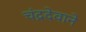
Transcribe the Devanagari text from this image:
चंद्रदेवाने